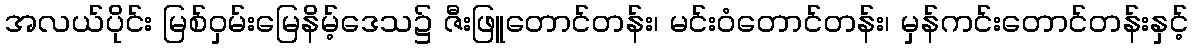
အလယ်ပိုင်း မြစ်ဝှမ်းမြေနိမ့်ဒေသ၌ ဇီးဖြူတောင်တန်း၊ မင်းဝံတောင်တန်း၊ မှန်ကင်းတောင်တန်းနှင့်